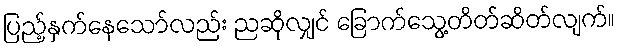
ပြည့်နှက်နေသော်လည်း ညဆိုလျှင် ခြောက်သွေ့တိတ်ဆိတ်လျက်။